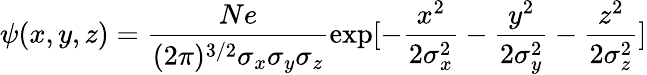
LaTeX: \psi(x,y,z)=\frac{Ne}{(2\pi)^{3/2}\sigma_{x}\sigma_{y}\sigma_{z}}\exp[-\frac{x^{2}}{2\sigma_{x}^{2}}-\frac{y^{2}}{2\sigma_{y}^{2}}-\frac{z^{2}}{2\sigma_{z}^{2}}]